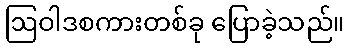
ဩဝါဒစကားတစ်ခု ပြောခဲ့သည်။